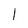
Character: 1